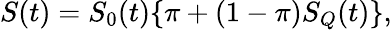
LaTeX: S(t)=S_{0}(t)\{ \pi+(1-\pi)S_{Q}(t)\} ,